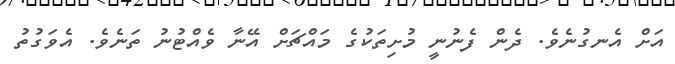
އަށް އެނގުނެވެ. ދެން ފެނުނީ މުށިތަކުގެ މައްޗަށް އޭނާ ވެއްޓުނު ތަނެވެ. އެވަގުތު